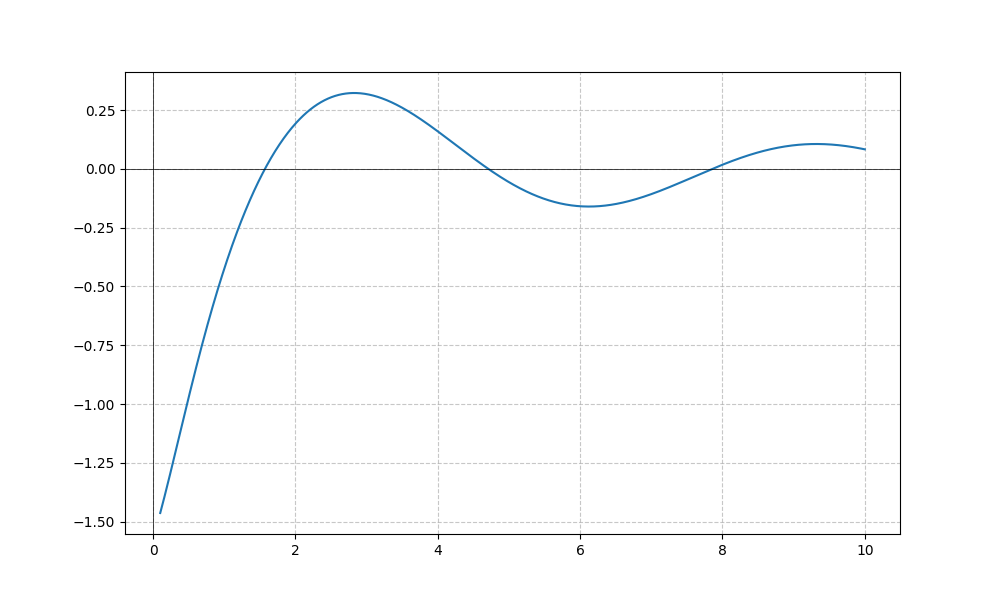
LaTeX formula: - \cos{\left(x \right)} \operatorname{acot}{\left(x \right)}